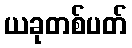
ယခုတစ်ပတ်